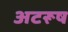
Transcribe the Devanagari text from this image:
अटरूष